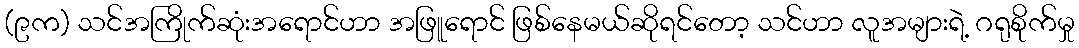
(၉က) သင်အကြိုက်ဆုံးအရောင်ဟာ အဖြူရောင် ဖြစ်နေမယ်ဆိုရင်တော့ သင်ဟာ လူအများရဲ့ ဂရုစိုက်မှု